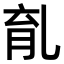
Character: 𠃴